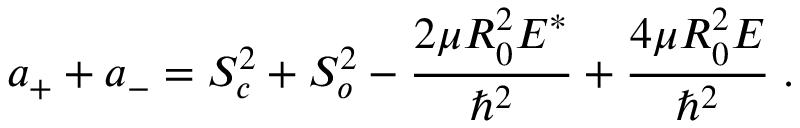
a _ { + } + a _ { - } = S _ { c } ^ { 2 } + S _ { o } ^ { 2 } - \frac { 2 \mu R _ { 0 } ^ { 2 } E ^ { * } } { \hbar ^ { 2 } } + \frac { 4 \mu R _ { 0 } ^ { 2 } E } { \hbar ^ { 2 } } \; .